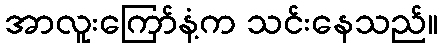
အာလူးကြော်နံ့က သင်းနေသည်။